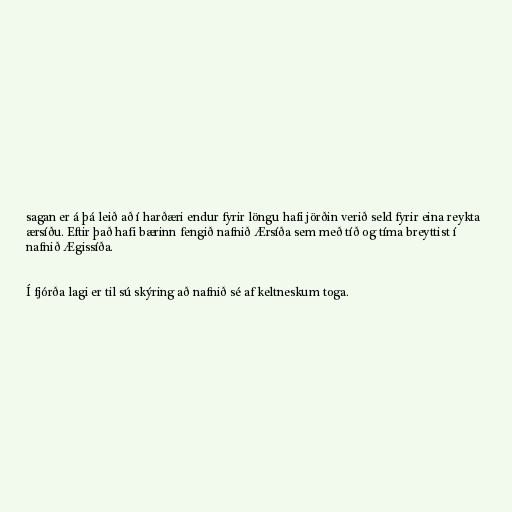
sagan er á þá leið að í harðæri endur fyrir löngu hafi jörðin verið seld fyrir eina reykta
ærsíðu. Eftir það hafi bærinn fengið nafnið Ærsíða sem með tíð og tíma breyttist í
nafnið Ægissíða.

Í fjórða lagi er til sú skýring að nafnið sé af keltneskum toga.